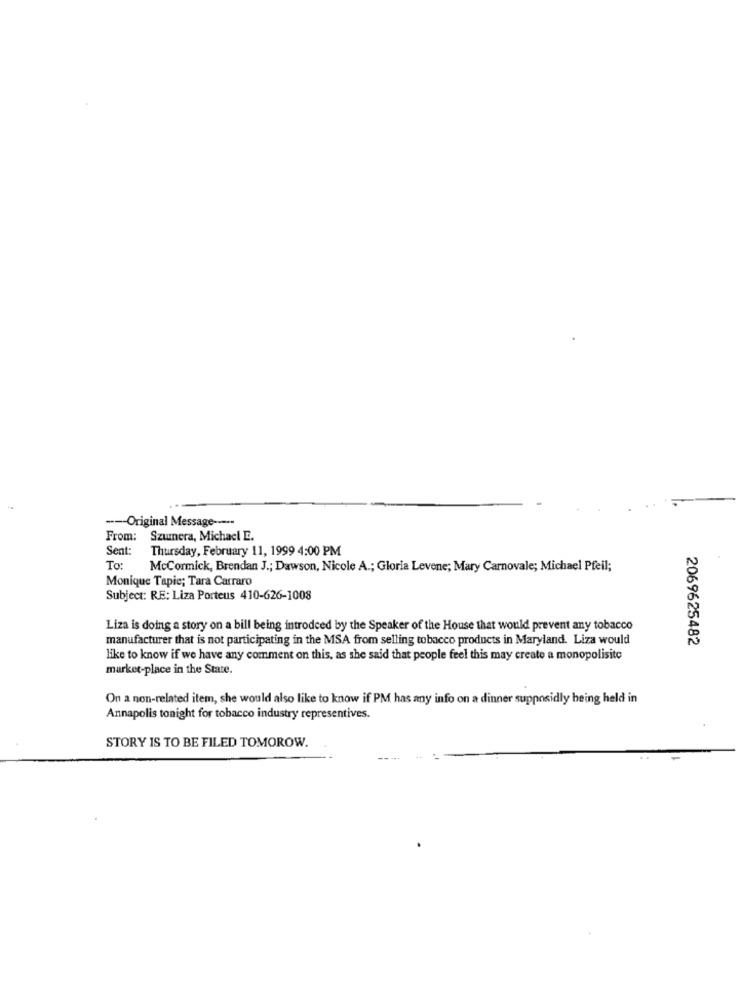
---- Original Message ----
From:
Szumera, Michacl E.
Sent:
Thursday, February 11, 1999 4:00 PM
To:
McCormick, Brendan J .; Dawson, Nicole A .; Gloria Levene; Mary Carnovale; Michael Pfeil;
Monique Tapie; Tara Carraro
Subject: RE: Liza Porteus 410-626-1008
Liza is doing a story on a bill being introdeed by the Speaker of the House that would prevent any tobacco
manufacturer that is not participating in the MSA from selling tobacco products in Maryland. Liza would
2069625482
like to know if we have any comment on this, as she said that people feel this may create a monopolisite
market-place in the State.
On a non-related item, she would also like to know if PM has any info on a dinner supposidly being held in
Annapolis tonight for tobacco industry representives.
STORY IS TO BE FILED TOMOROW.